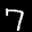
Label: 7